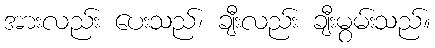
အားလည်း ပေးသည်၊ ချီးလည်း ချီးမွမ်းသည်။